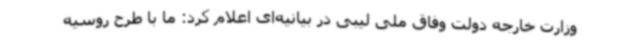
وزارت خارجه دولت وفاق ملی لیبی در بیانیه‌ای اعلام کرد: ما با طرح روسیه